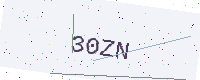
Text: 30ZN